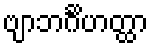
ဗျာဘင်္ဂိဟတ္ထာ